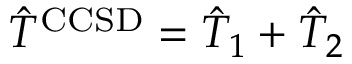
\hat { T } ^ { \mathrm { C C S D } } = \hat { T } _ { 1 } + \hat { T } _ { 2 }